65_HS1-834228961_62-HQ-83894_Section_3
Agency: FBI
Page 135
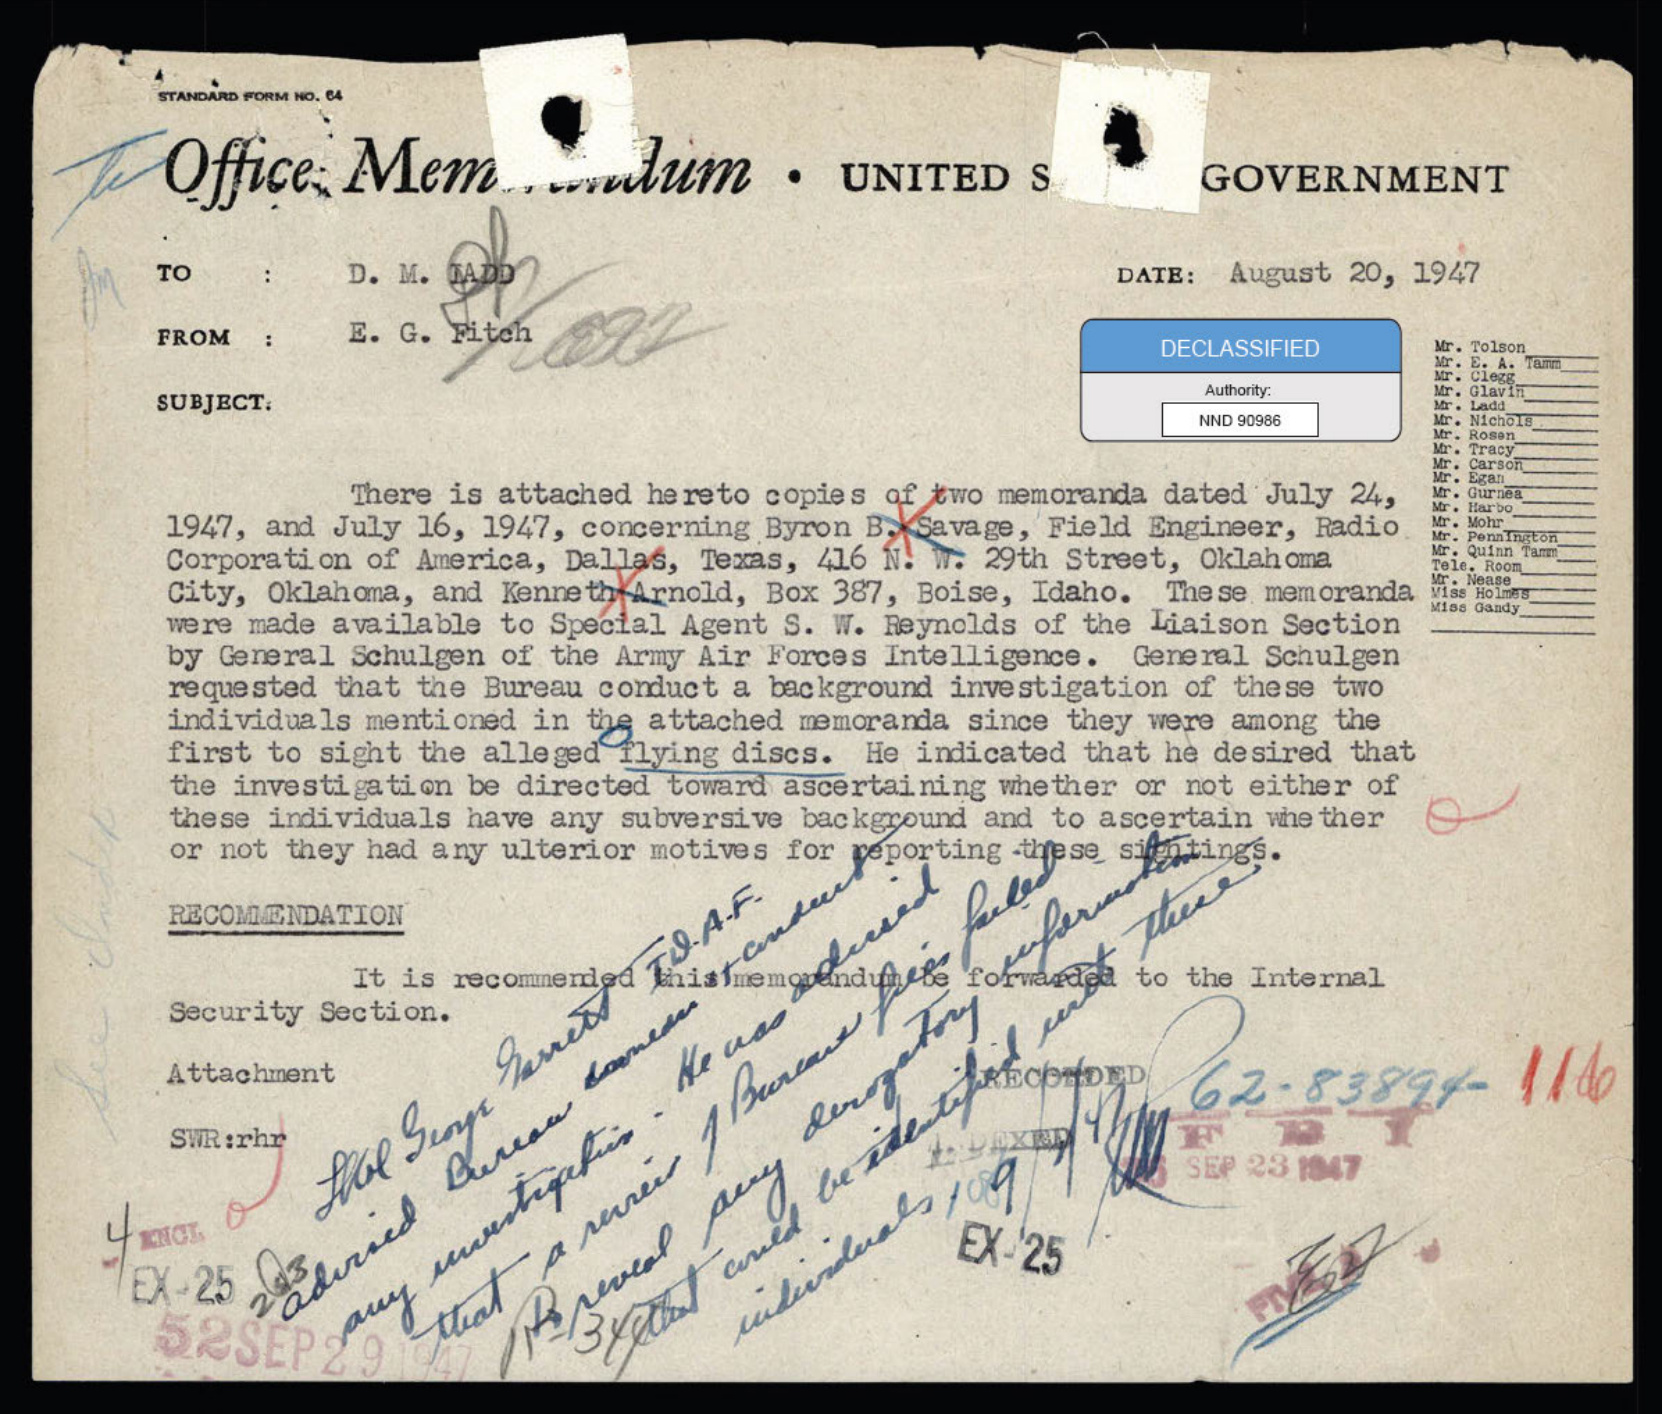